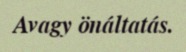
Avagy önáltatás.